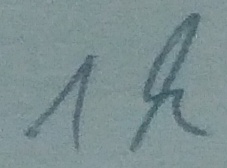
Text: 1k